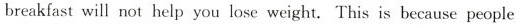
breakfast will not help you lose weight. This is because people